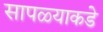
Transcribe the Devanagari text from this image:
सापळ्याकडे